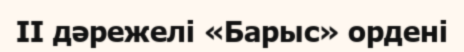
II дәрежелі «Барыс» ордені